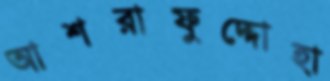
আশরাফুদ্দোহা